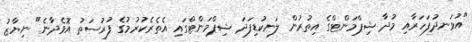
"އުޅަނދުފަހަރާއި މުދާ ޝިޕްމަންޓްގެ އިތުރުން ލަނކުޑިފަދަ ޝިޕްމަންޓްގައި އެތެރެކުރުމުގެ ފުރުސަތު އޮވެދާނެ" ނިޔާޒު